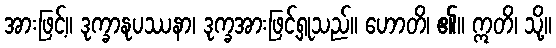
အားဖြင့်။ ဒုက္ခာနုပဿနာ၊ ဒုက္ခအားဖြင့်ရှုသည်။ ဟောတိ၊ ၏။ ဣတိ၊ သို့။